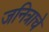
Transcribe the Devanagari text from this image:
जनित्राचे